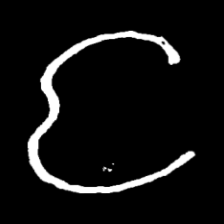
Pyu character \u2014 Myanmar letter: င (romanized: nga)